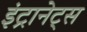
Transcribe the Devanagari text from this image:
इंट्रानेट्स